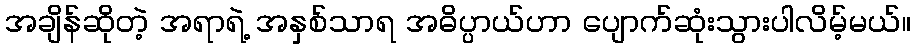
အချိန်ဆိုတဲ့ အရာရဲ့ အနှစ်သာရ အဓိပ္ပာယ်ဟာ ပျောက်ဆုံးသွားပါလိမ့်မယ်။